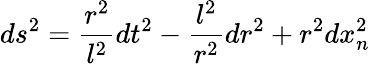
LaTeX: ds^{2}=\frac{r^{2}}{l^{2}}dt^{2}-\frac{l^{2}}{r^{2}}dr^{2}+r^{2}dx_{n}^{2}